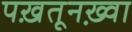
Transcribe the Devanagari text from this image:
पख़तूनख़्वा